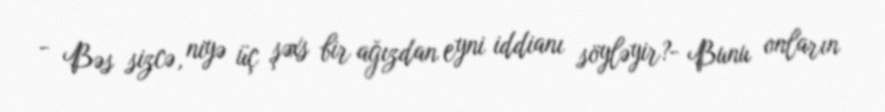
- Bəs sizcə, niyə üç şəxs bir ağızdan eyni iddianı söyləyir?- Bunu onların